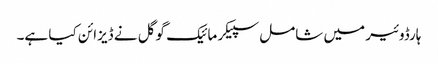
ہارڈوئیر میں شامل سپیکر مائیک گوگل نے ڈیزائن کیا ہے۔